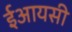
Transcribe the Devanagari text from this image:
ईआयसी